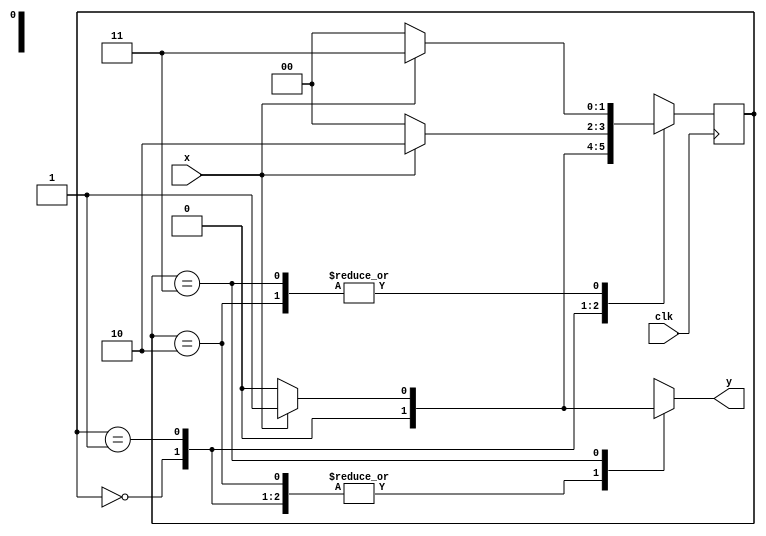
module seq3_detect_mealy(x,clk, y);
// Mealy machine for a three-1s sequence detection
input x, clk;
output y;
reg y;
reg [1:0] pstate, nstate; //present and next states
parameter S0=2'b00, S1=2'b01, S2=2'b10, S3=2'b11;
// Next state and output combinational logic
// Use blocking assignments "="
always @(x or pstate)
case (pstate)
S0: if (x) begin nstate = S1; y = 0; end
else begin nstate = S0; y = 0; end
S1: if (x) begin nstate = S2; y = 0; end
else begin nstate = S0; y = 0; end
S2: if (x) begin nstate = S3; y = 0; end
else begin nstate = S0; y = 0; end
S3: if (x) begin nstate = S3; y = 1; end
else begin nstate = S0; y = 0; end
endcase
// Sequential logic, use nonblocking assignments "<="
always @(posedge clk)
pstate <= nstate;
endmodule